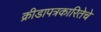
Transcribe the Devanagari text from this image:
क्रीडापत्रकारितेचे